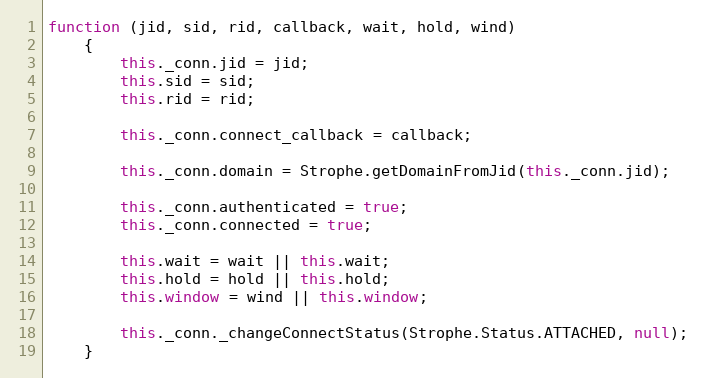
Language: JavaScript
function (jid, sid, rid, callback, wait, hold, wind)
    {
        this._conn.jid = jid;
        this.sid = sid;
        this.rid = rid;

        this._conn.connect_callback = callback;

        this._conn.domain = Strophe.getDomainFromJid(this._conn.jid);

        this._conn.authenticated = true;
        this._conn.connected = true;

        this.wait = wait || this.wait;
        this.hold = hold || this.hold;
        this.window = wind || this.window;

        this._conn._changeConnectStatus(Strophe.Status.ATTACHED, null);
    }